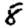
Digit: 8